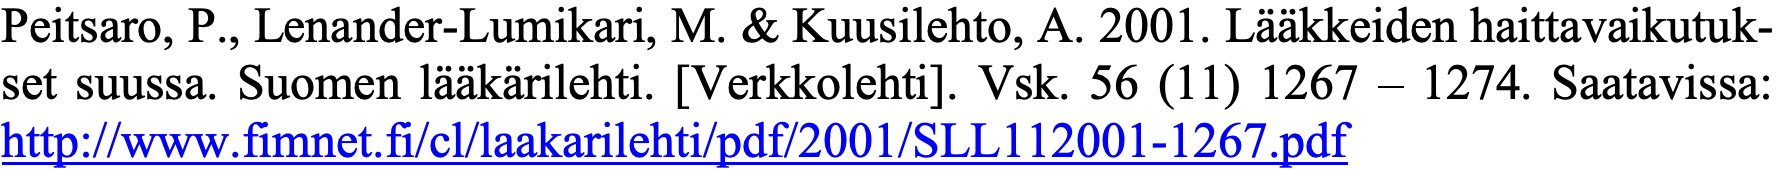
Peitsaro, P., Lenander-Lumikari, M. & Kuusilehto, A. 2001. Lääkkeiden haittavaikutuk- set suussa. Suomen lääkärilehti. [Verkkolehti]. Vsk. 56 (11) 1267 – 1274. Saatavissa: http://www.fimnet.fi/cl/laakarilehti/pdf/2001/SLL112001-1267.pdf